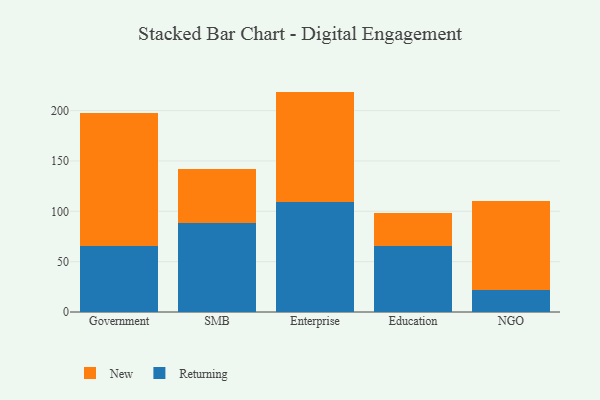
{"axis": {"x": "Segment", "y": "Energy Usage (MWh)"}, "legend": ["New", "Returning"], "data": [{"x": "Government", "y": 65.5, "type": "Returning"}, {"x": "Government", "y": 131.9, "type": "New"}, {"x": "SMB", "y": 88.2, "type": "Returning"}, {"x": "SMB", "y": 53.6, "type": "New"}, {"x": "Enterprise", "y": 109.3, "type": "Returning"}, {"x": "Enterprise", "y": 109.6, "type": "New"}, {"x": "Education", "y": 65.1, "type": "Returning"}, {"x": "Education", "y": 33.2, "type": "New"}, {"x": "NGO", "y": 22.3, "type": "Returning"}, {"x": "NGO", "y": 87.6, "type": "New"}]}